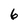
Character: 6